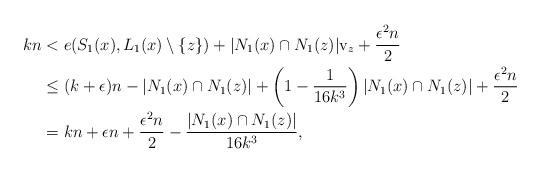
LaTeX: \begin{align*}kn &< e(S_1(x), L_1(x) \setminus \{z\}) + |N_1(x)\cap N_1(z)|\mathbf{\mathrm{v}}_z + \frac{\epsilon^2 n}{2}\\&\leq (k+\epsilon)n - |N_1(x)\cap N_1(z)| + \left(1-\frac{1}{16k^3}\right)|N_1(x)\cap N_1(z)| + \frac{\epsilon^2 n}{2}\\& = kn + \epsilon n + \frac{\epsilon^2 n}{2} - \frac{|N_1(x)\cap N_1(z)|}{16k^3},\end{align*}